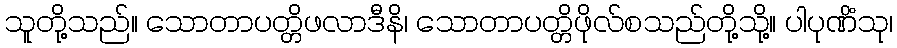
သူတို့သည်။ သောတာပတ္တိဖလာဒီနိ၊ သောတာပတ္တိဖိုလ်စသည်တို့သို့။ ပါပုဏိံသု၊